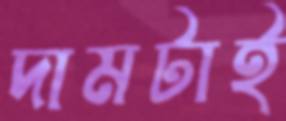
দামটাই